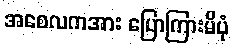
အစေလကအား ပြောကြားမိပုံ